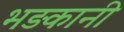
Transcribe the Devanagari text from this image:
भड़कानी